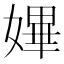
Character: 𡠚